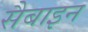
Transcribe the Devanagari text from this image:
सैबाइन